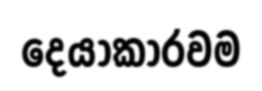
දෙයාකාරවම